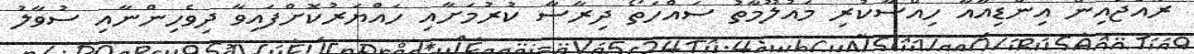
ރާއްޖެއިން އިންޑިއާއާ ހިއްސާކުރި މައުލޫމާތު ސައްހަތޯ ދިރާސާ ކުރުމަށާއި ހައްޔަރުކޮށްފައިވާ ދިވެހިންނާއި ސުވާލު